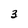
Character: 3